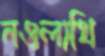
নওলাখি